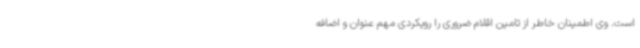
است. وی اطمینان خاطر از تامین اقلام ضروری را رویکردی مهم عنوان و اضافه